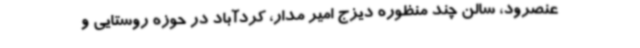
عنصرود، سالن چند منظوره دیزج امیر مدار، کردآباد در حوزه روستایی و